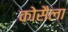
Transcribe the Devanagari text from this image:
कोसैला